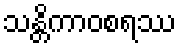
သန္တိကာဝစရဿ